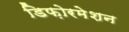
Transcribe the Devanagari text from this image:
डिफ़ोरमेशन